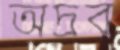
অদ্রব